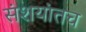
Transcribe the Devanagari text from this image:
संशयांतच